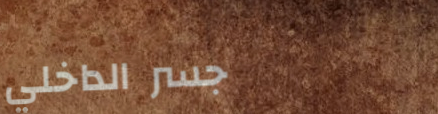
جسر الداخلي